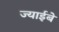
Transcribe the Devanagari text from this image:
ज्याईबे